画像に写った文字を読んでください
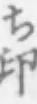
「ち印」と書いてあります